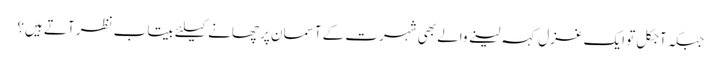
جبکہ آجکل تو ایک غزل کہہ لینے والے بھی شہرت کے آسمان پر چھانے کیلئے بیتاب نظر آتے ہیں؟